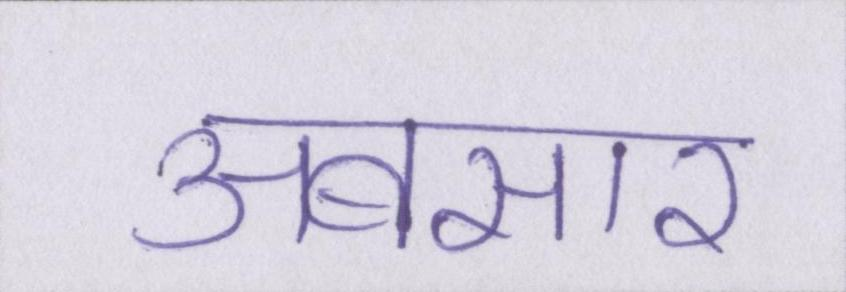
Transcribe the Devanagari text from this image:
अबसार